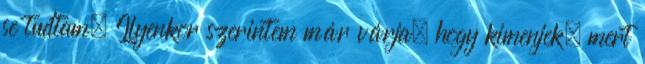
se tudtam. Ilyenkor szerintem már várja, hogy kimenjek, mert